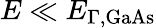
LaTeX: E\ll E_{\Gamma,\mathrm{GaAs}}